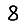
Digit: 8